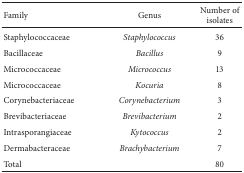
<table><thead><tr><td><b>Family</b></td><td><b>Genus</b></td><td><b>Number of isolates</b></td></tr></thead><tbody><tr><td>Staphylococcaceae</td><td><i>Staphylococcus</i></td><td>36</td></tr><tr><td>Bacillaceae</td><td><i>Bacillus</i></td><td>9</td></tr><tr><td>Micrococcaceae</td><td><i>Micrococcus</i></td><td>13</td></tr><tr><td>Micrococcaceae</td><td><i>Kocuria</i></td><td>8</td></tr><tr><td>Corynebacteriaceae</td><td><i>Corynebacterium</i></td><td>3</td></tr><tr><td>Brevibacteriaceae</td><td><i>Brevibacterium</i></td><td>2</td></tr><tr><td>Intrasporangiaceae</td><td><i>Kytococcus</i></td><td>2</td></tr><tr><td>Dermabacteraceae</td><td><i>Brachybacterium</i></td><td>7</td></tr><tr><td>Total</td><td> </td><td>80</td></tr></tbody></table>